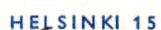
HELSINKI 15